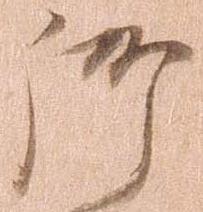
御